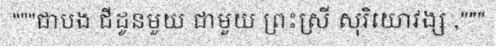
"""ជាបង ជីដូនមួយ ជាមួយ ព្រះស្រី សុរិយោវង្ស ,"""